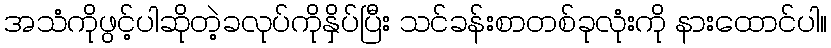
အသံကိုဖွင့်ပါဆိုတဲ့ခလုပ်ကိုနှိပ်ပြီး သင်ခန်းစာတစ်ခုလုံးကို နားထောင်ပါ။